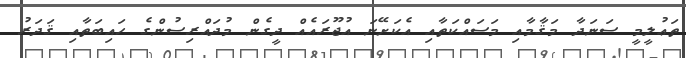
ތަޢުލީމީ ސަނަދާ މަޤާމާއި މަސައްކަތާއި އެކަށޭނަ އުޖޫރައެއް ދީގެން މުދައްރިސުންގެ ހައިބަތާއި ޤަދަރު